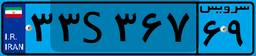
۳۳S۳۶۷۶۹